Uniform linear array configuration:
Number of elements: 32
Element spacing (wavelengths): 0.5
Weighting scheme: binomial
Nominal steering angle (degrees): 60
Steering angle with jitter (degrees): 58.609
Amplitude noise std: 0.05
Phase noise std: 0.05

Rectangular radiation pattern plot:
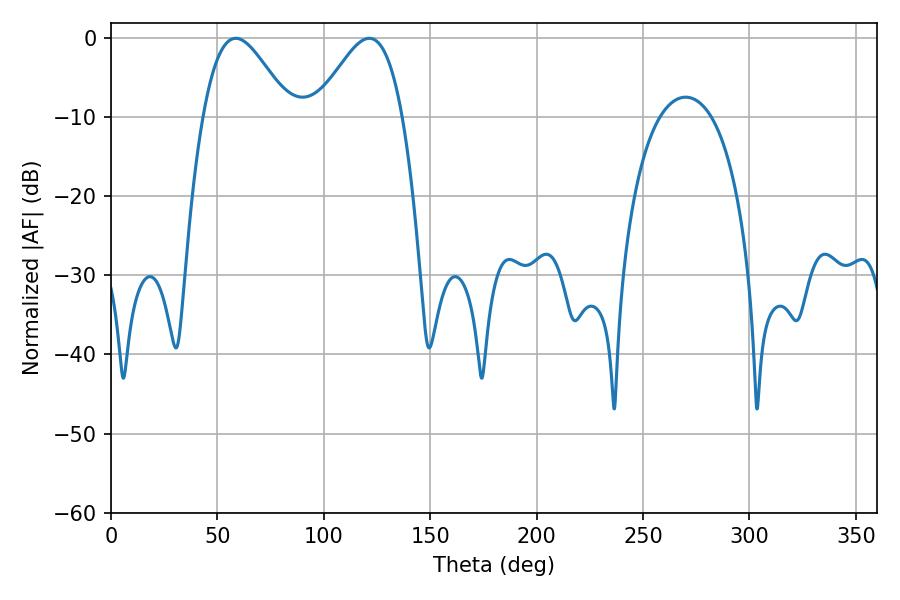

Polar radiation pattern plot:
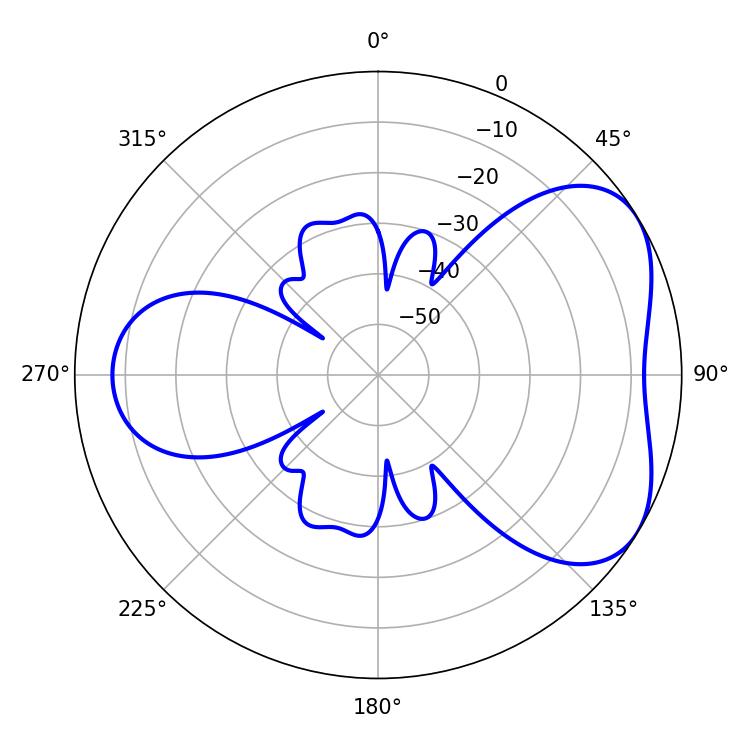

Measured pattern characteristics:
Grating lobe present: FALSE
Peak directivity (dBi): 4.756
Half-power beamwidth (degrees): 21.78
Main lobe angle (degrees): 58.68